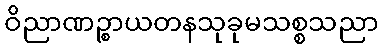
ဝိညာဏဉ္စာယတနသုခုမသစ္စသညာ